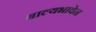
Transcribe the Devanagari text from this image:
बाल्यभावेन